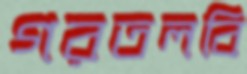
গরতলবি